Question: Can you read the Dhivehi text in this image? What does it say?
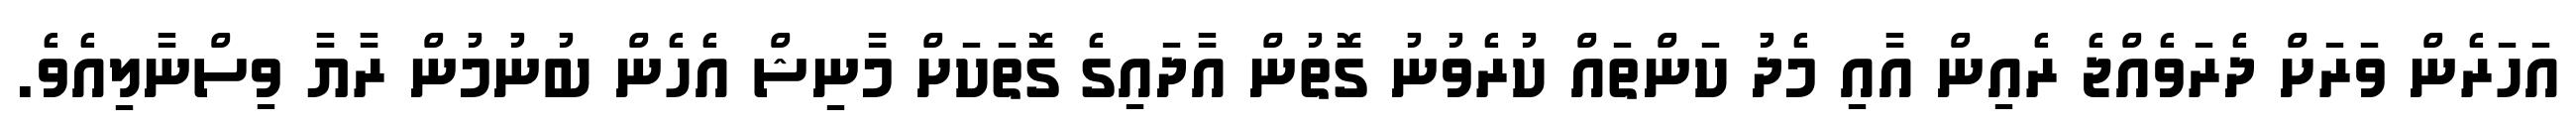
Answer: އަހަރެން ވަރަށް ދެރަވެއްޖެ ރެއިން އާއި މެދު ކަންތައް ކުރެވުނު ގޮތުން އާދައިގެ ގޮތަކަށް މާނިޝް އެހެން ބުނުމުން ރާޔާ ވިސްނާލިއެވެ.